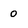
Character: 0